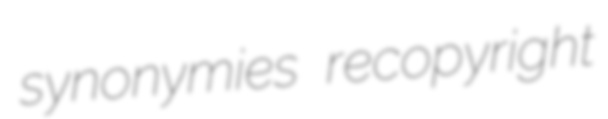
synonymies recopyright